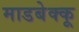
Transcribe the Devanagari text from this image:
माडबेक्कू